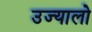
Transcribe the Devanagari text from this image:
उज्यालो